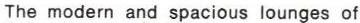
The modern and spacious lounges of